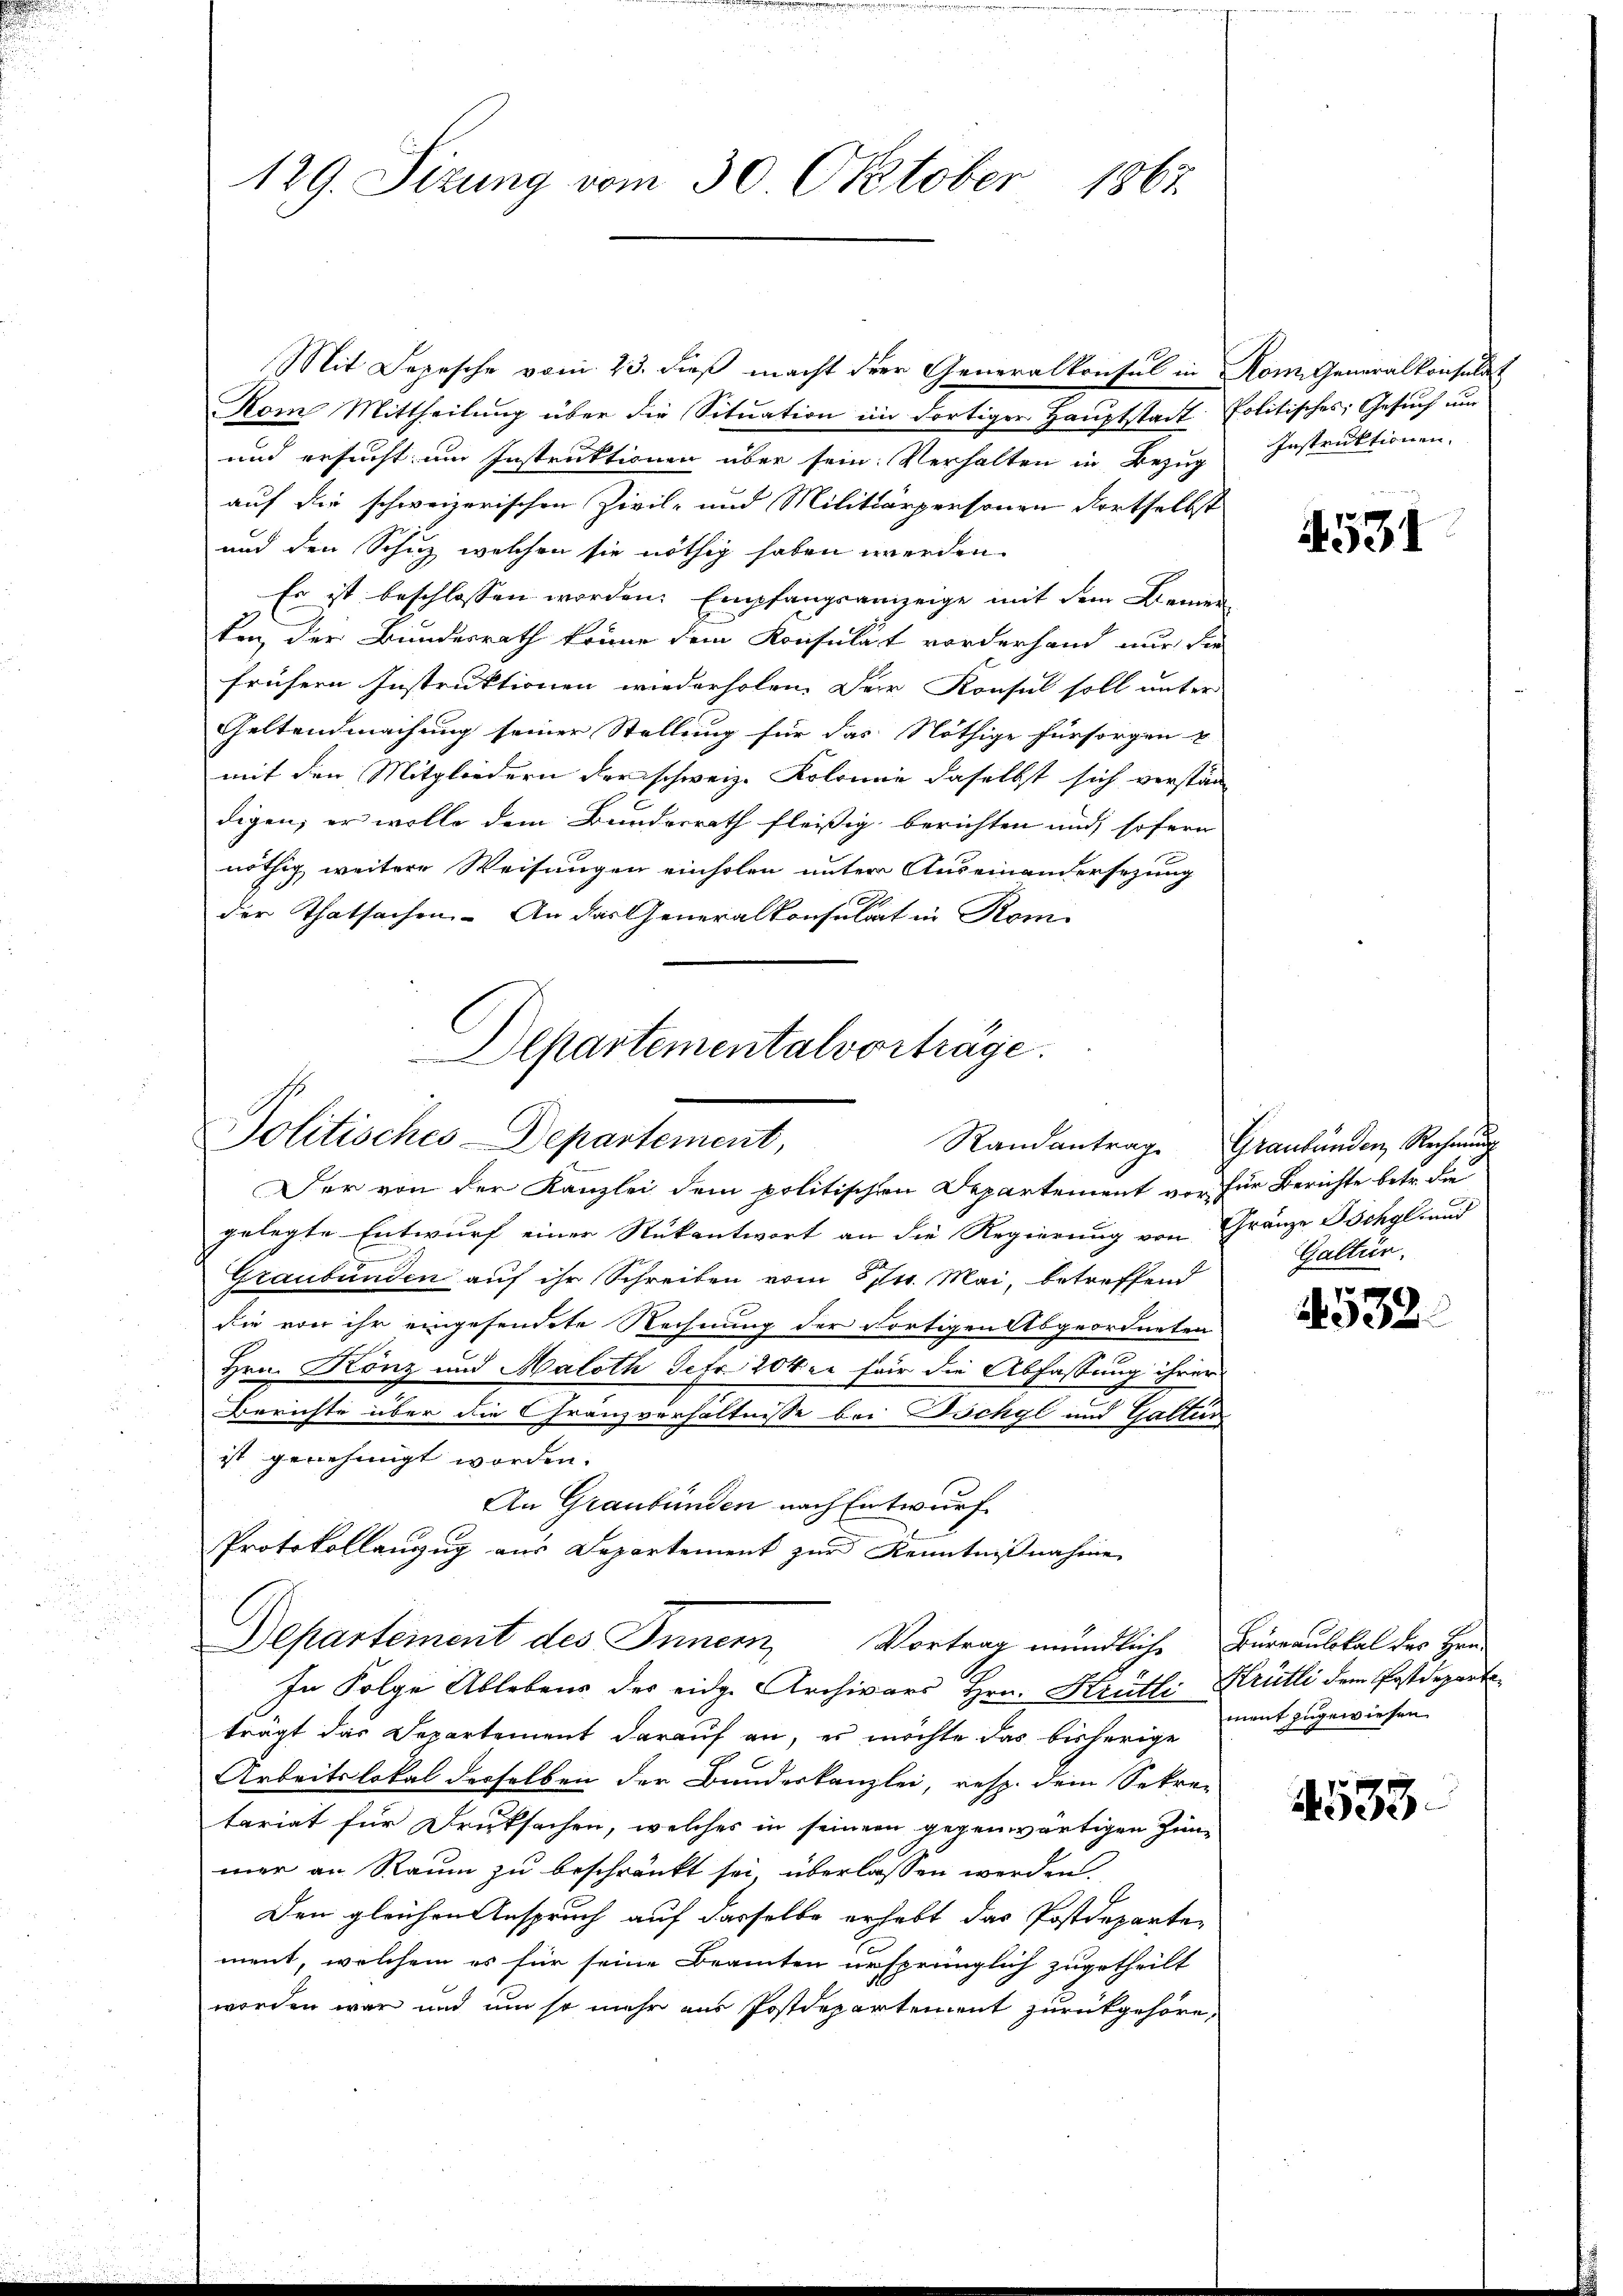
129. Sizung vom 30. Oktober 1867

Mit Depesche vom 23. dieß macht der Generalkonsul in Rom. Generalkonsulat
Vom Mittheilung über die Situation im dortiger Hauptstadt Politisches Gesuch um
und ersucht um Instruktionen über sein. Verhalten in Bezug
auf die schweizerischen Zivil- und Militärpersonen dortselbst
und den Schutz welchen sie nöthig haben werden.
Es ist beschlossen worden. Empfangsanzeige mit dem Bemer-
ten, der Bundesrath könne dem Konsulat vorderhand nur die
frühern Instruktionen wiederholen. Der Konsul soll unter
Geltendmachung seiner Stellung für das Nöthige fürsorgen u
mit den Mitgliedern der schweiz. Kolonie daselbst sich verstän
digen, er wolle dem Bundesrath fleißig berichten und sofern
nöthig weitere Weisungen einholen unter Auseinandersezung
der Thatsachen. An das Generalkonsulat in Kom-

Departementalvorträge.
Politisches-Departement,

Departement des Inner, Vortrag mündliche Büreaulokal der Her¬

Der von der Kanzlei dem politischen Departement vor für Berichte betr. die
gelegte Entwurf einer Rükantwort an die Regierung von Gränze Töchyl- und
Graubünden auf ihr Schreiben vom 6 pr. Mai, betreffend
die von ihr eingesendete Rechnung der dortigen Abgeordneten
Hrn. Könz und Haloth Sefr. 20ter für die Abfassung ihrer
Berichte über die Cranzverhältnisse bei Döchgl und Gattun
ist genehmigt worden.
An Graubünden nach Entwurf
Protokollanzug aus Departement zur Kenntnißnahme
In Folge Ablebens des eidge Archivars Hrn. Hrütli Krütli dem Postdeparte
trägt das Departement darauf an, es möchte das bisherige ment zugewiesen
Arbeitslokal derselben der Bandeskanzlei, resp. dem Sekre-
tariat für Druksachen, welches in seinem gegenwärtigen Jun-
mar an Raum zu beschränkt sei, überlassen werden.
 E
Den gleichen Anspruch auf dasselbe erhebt das Postdepartement, welchem es für seine Beamten ursprünglich zugetheilt
worden war und um so mehr aus Postdepartement zurückgehöre,

Instruktionen.

531

Randantrag. Graubünden Rechnung
Galten.

4532.

4533.